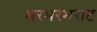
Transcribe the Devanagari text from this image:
भरभरभराट